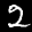
Label: 2